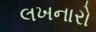
લખનારો